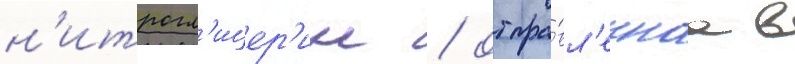
н'итрогл'ицер'ин / отпра́вл'еннаа в